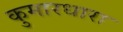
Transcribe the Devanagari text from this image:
कुमारधारा